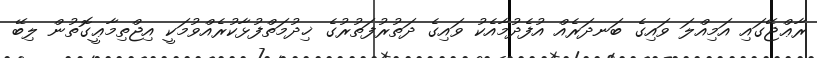
ރާޢްޖޭގައި އަމިއްލަ ވައިގެ ބަނދަރެއް އުފެދުމާއެކު ވައިގެ ދަތުރުފަތުރުގެ ޚިދުމަތްފުޅާކުރެއްވުމަކީ އިޖްތިމާޢީގޮތުން ލިބޭ